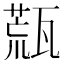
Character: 㼹